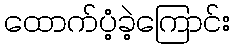
ထောက်ပံ့ခဲ့ကြောင်း